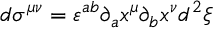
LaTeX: d \sigma ^ { \mu \nu } = \varepsilon ^ { a b } \partial _ { a } x ^ { \mu } \partial _ { b } x ^ { \nu } d ^ { 2 } \xi